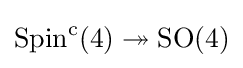
\operatorname {Spin} ^{\mathrm {c} }(4)\twoheadrightarrow \operatorname {SO} (4)